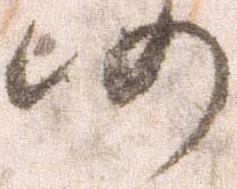
仍